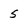
Character: 5